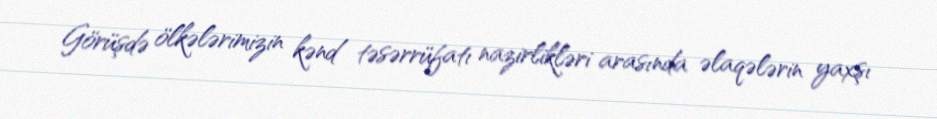
Görüşdə ölkələrimizin kənd təsərrüfatı nazirlikləri arasında əlaqələrin yaxşı